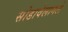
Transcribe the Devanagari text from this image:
सोडावेलागले